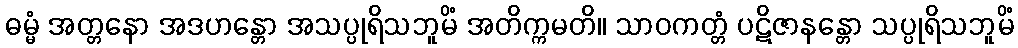
ဓမ္မံ အတ္တနော အဒဟန္တော အသပ္ပုရိသဘူမိံ အတိက္ကမတိ။ သာဝကတ္တံ ပဋိဇာနန္တော သပ္ပုရိသဘူမိံ